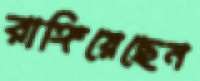
রাঙ্গিয়েছেন